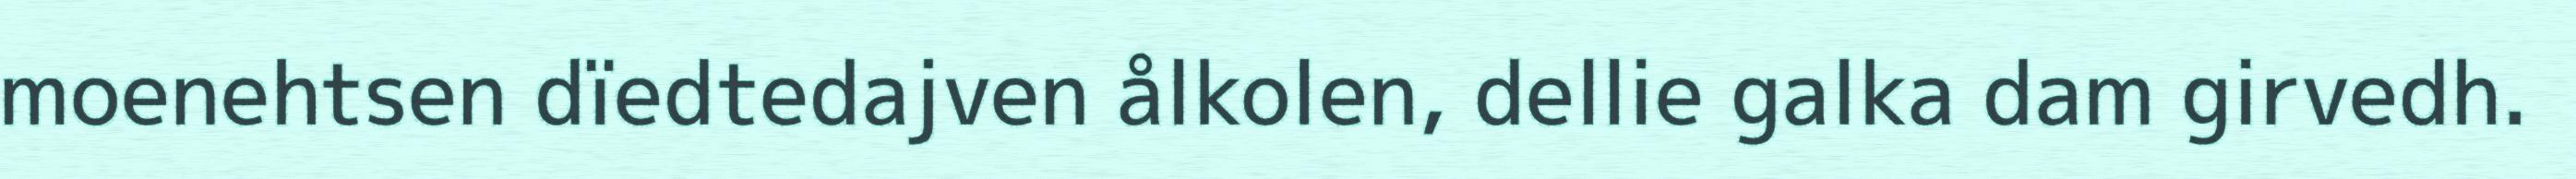
moenehtsen dïedtedajven ålkolen, dellie galka dam girvedh.